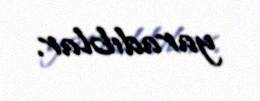
yaradıblar.